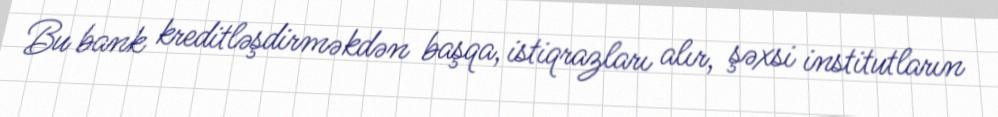
Bu bank kreditləşdirməkdən başqa, istiqrazları alır, şəxsi institutların